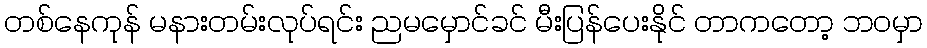
တစ်နေကုန် မနားတမ်းလုပ်ရင်း ညမမှောင်ခင် မီးပြန်ပေးနိုင် တာကတော့ ဘဝမှာ